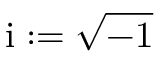
\mathrm { i } : = \sqrt { - 1 }